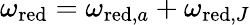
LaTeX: \omega_{\textup{red}}=\omega_{\textup{red},a}+\omega_{\textup{red},J}